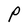
Character: P